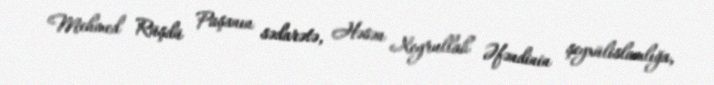
Mehmed Rüşdü Paşanın sədarətə, Həsən Xeyrullah Əfəndinin şeyxülislamlığa,